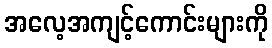
အလေ့အကျင့်ကောင်းများကို